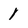
Character: l